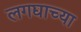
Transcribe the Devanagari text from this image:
लगद्याच्या